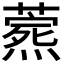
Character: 𬋎